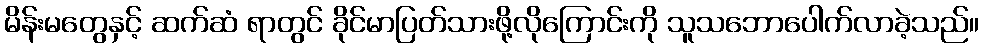
မိန်းမတွေနှင့် ဆက်ဆံ ရာတွင် ခိုင်မာပြတ်သားဖို့လိုကြောင်းကို သူသဘောပေါက်လာခဲ့သည်။